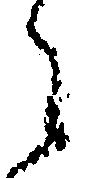
々